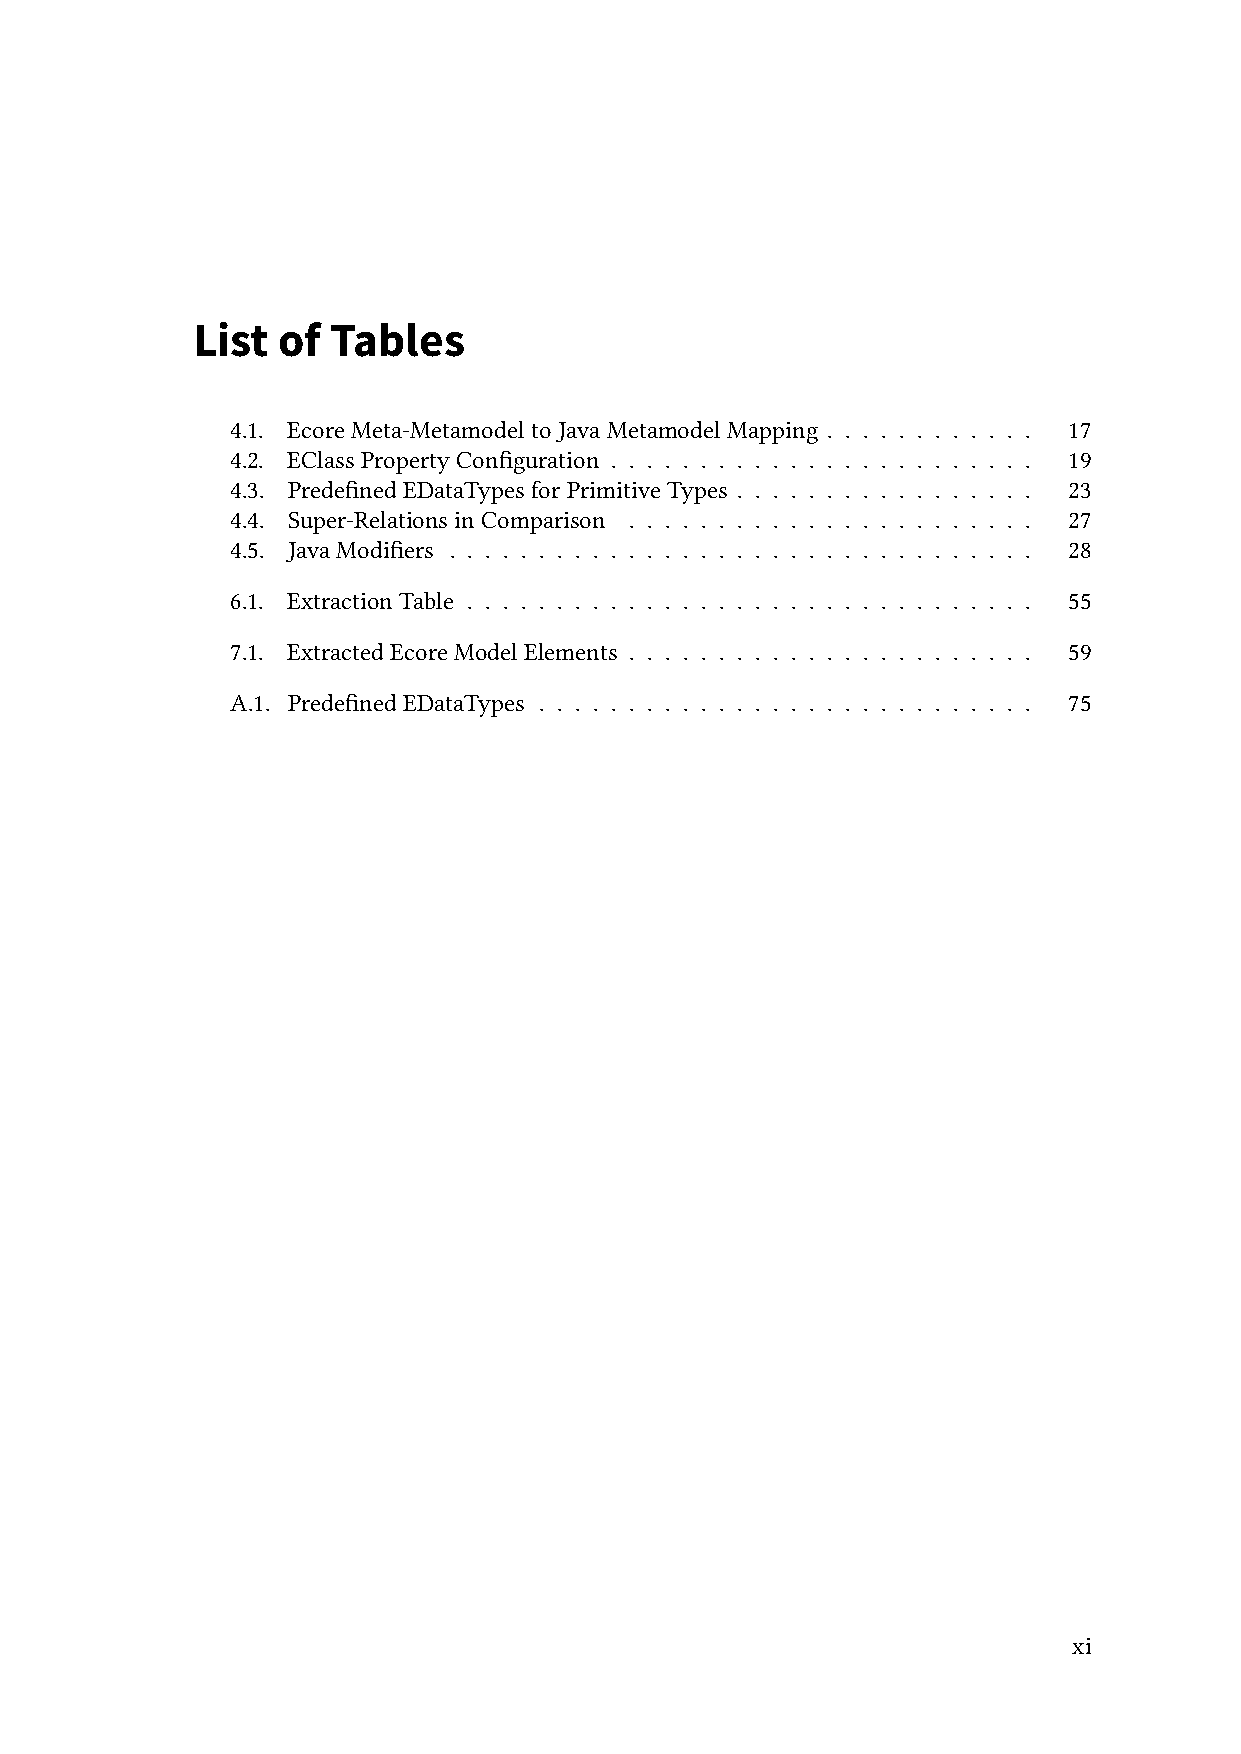
List of  Tables
 4.1. EcoreMeta-MetamodeltoJavaMetamodelMapping . . . . . . . . . . . . 17
 4.2. EClassPropertyConfiguration . . . . . . . . . . . . . . . . . . . . . . . . 19
 4.3. PredefinedEDataTypesforPrimitiveTypes . . . . . . . . . . . . . . . . . 23
 4.4. Super-RelationsinComparison . . . . . . . . . . . . . . . . . . . . . . . 27
 4.5. JavaModifiers . . . . . . . . . . . . . . . . . . . . . . . . . . . . . . . . . 28
 6.1. ExtractionTable . . . . . . . . . . . . . . . . . . . . . . . . . . . . . . . . 55
 7.1. ExtractedEcoreModelElements . . . . . . . . . . . . . . . . . . . . . . . 59
 A.1. PredefinedEDataTypes . . . . . . . . . . . . . . . . . . . . . . . . . . . . 75
 xi